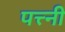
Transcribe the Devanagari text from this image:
पत्त्नी